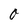
Character: O